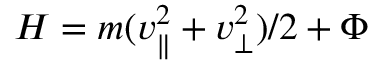
H = m ( v _ { \| } ^ { 2 } + v _ { \perp } ^ { 2 } ) / 2 + \Phi